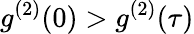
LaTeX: g^{(2)}(0)>g^{(2)}(\tau)